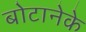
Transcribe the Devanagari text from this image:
बोटानेके